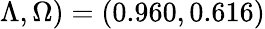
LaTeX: \Lambda,\Omega)=(0.960,0.616)